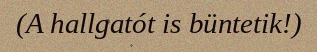
(A hallgatót is büntetik!)